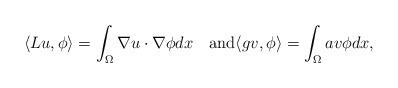
LaTeX: \begin{align*}\langle Lu, \phi\rangle = \int_\Omega \nabla u\cdot \nabla \phi dx\quad\hbox{and}\langle g v, \phi\rangle =\int_\Omega av \phi dx, \end{align*}